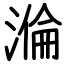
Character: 溣